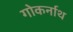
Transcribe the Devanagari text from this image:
गोकर्नाथ